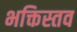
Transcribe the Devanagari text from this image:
भक्तिस्तव